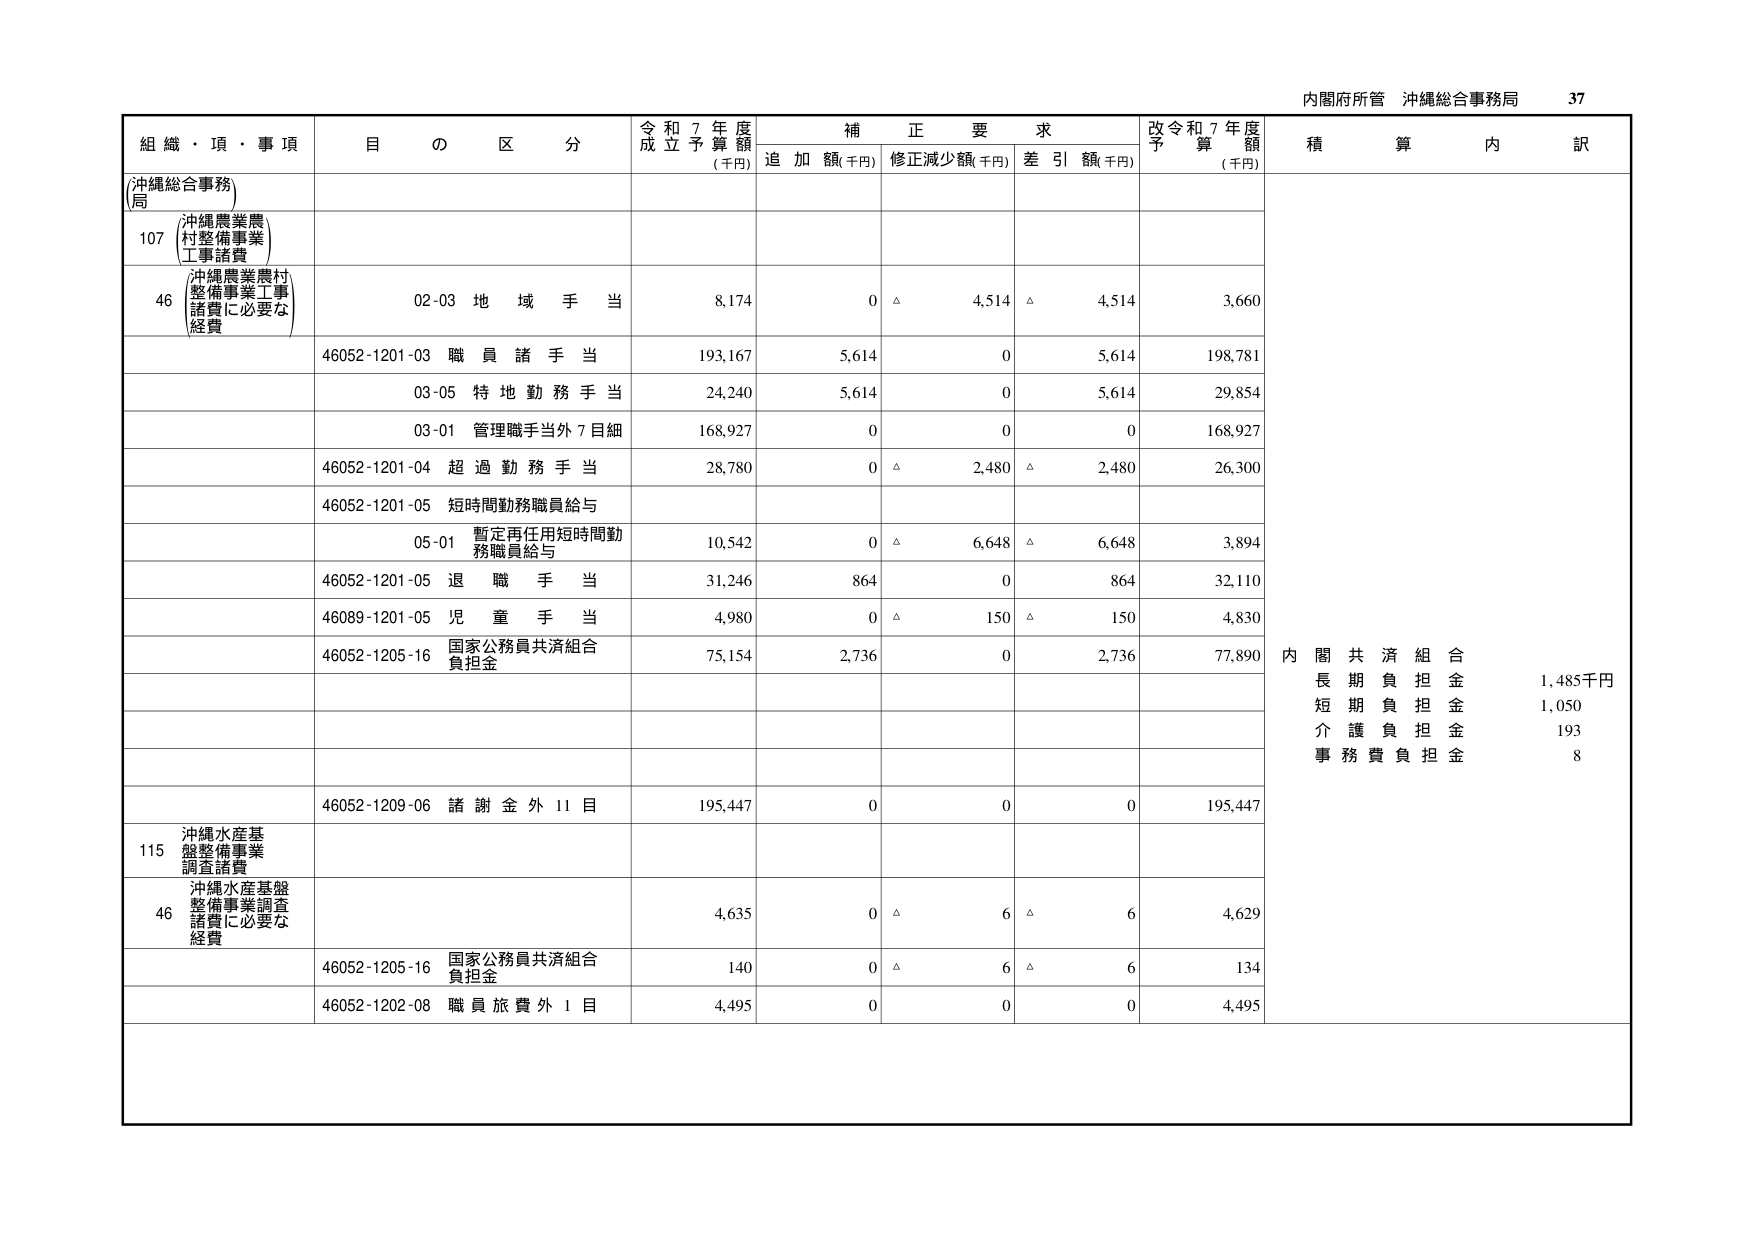
内閣府所管 沖縄総合事務局 37

組織・項・事項 目の区分 令和7年度成立予算額(千円) 補正要求 追加額(千円) 修正減少額(千円) 差引額(千円) 改令和7年度予算額(千円) 積算内訳

(沖縄総合事務局)

107 沖縄農業農村整備事業工事諸費

46 沖縄農業農村整備事業工事諸費に必要な経費 02-03 地域手当 8,174 0 △ 4,514 △ 4,514 3,660

46052-1201-03 職員諸手当 193,167 5,614 0 5,614 198,781

03-05 特地勤務手当 24,240 5,614 0 5,614 29,854

03-01 管理職手当外7目細 168,927 0 0 0 168,927

46052-1201-04 超過勤務手当 28,780 0 △ 2,480 △ 2,480 26,300

46052-1201-05 短時間勤務職員給与

05-01 暫定再任用短時間勤務職員給与 10,542 0 △ 6,648 △ 6,648 3,894

46052-1201-05 退職手当 31,246 864 0 864 32,110

46089-1201-05 児童手当 4,980 0 △ 150 △ 150 4,830

46052-1205-16 国家公務員共済組合負担金 75,154 2,736 0 2,736 77,890

内閣共済組合 長期負担金 1,485千円 短期負担金 1,050 介護負担金 193 事務費負担金 8

46052-1209-06 諸謝金外11目 195,447 0 0 0 195,447

115 沖縄水産基盤整備事業調査諸費

46 沖縄水産基盤整備事業調査諸費に必要な経費 4,635 0 △ 6 △ 6 4,629

46052-1205-16 国家公務員共済組合負担金 140 0 △ 6 △ 6 134

46052-1202-08 職員旅費外1目 4,495 0 0 0 4,495